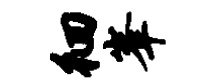
徊峰